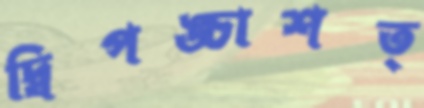
দ্বিপঙ্চাশত্